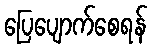
ပြေပျောက်စေရန်